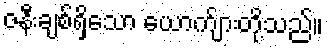
ဇနီးချစ်ရှိသော ယောက်ျားတို့သည်။